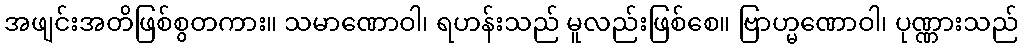
အဖျင်းအတိဖြစ်စွတကား။ သမာဏောဝါ၊ ရဟန်းသည် မူလည်းဖြစ်စေ။ ဗြာဟ္မဏောဝါ၊ ပုဏ္ဏားသည်